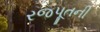
રજપૂતની